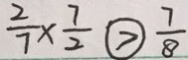
\frac { 2 } { 7 } \times \frac { 7 } { 2 } \textcircled { > } \frac { 7 } { 8 }